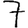
Digit: 7